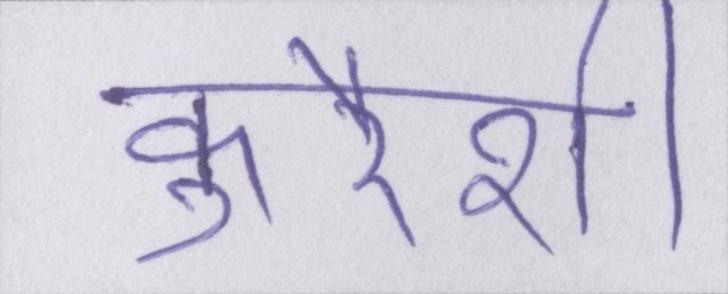
कुरैशी